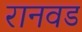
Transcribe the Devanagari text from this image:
रानवड